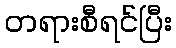
တရားစီရင်ပြီး